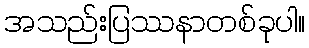
အသည်းပြဿနာတစ်ခုပါ။